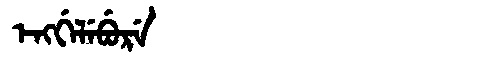
Manchu: ᡝᠩᡤᡝᠯᡝᠪᡠᡵᡝ
Romanization: ENGGELEBURE